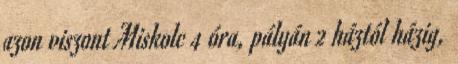
azon viszont Miskolc 4 óra, pályán 2 háztól házig,